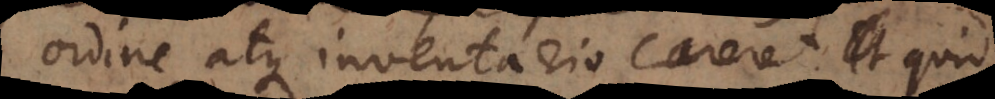
ordine atque inventario careret. Et qui